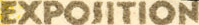
EXPOSITION